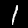
Digit: 1